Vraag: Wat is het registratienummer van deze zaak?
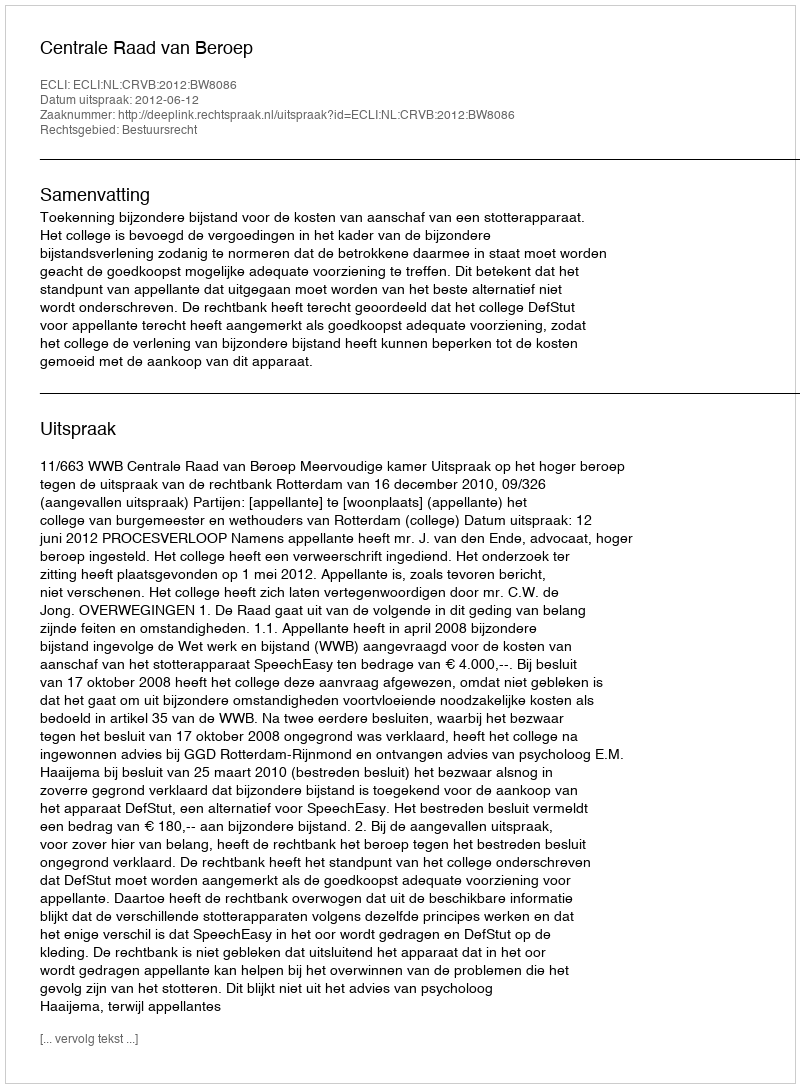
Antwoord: http://deeplink.rechtspraak.nl/uitspraak?id=ECLI:NL:CRVB:2012:BW8086